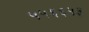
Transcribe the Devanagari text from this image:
५५६६५३